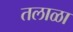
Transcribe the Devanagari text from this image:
तलाळा